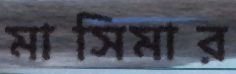
মাসিমার